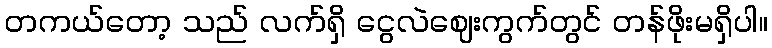
တကယ်တော့ သည် လက်ရှိ ငွေလဲဈေးကွက်တွင် တန်ဖိုးမရှိပါ။